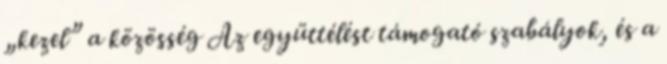
„kezel” a közösség Az együttélést támogató szabályok, és a